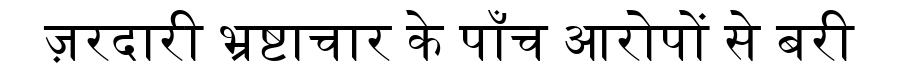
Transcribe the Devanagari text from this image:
ज़रदारी भ्रष्टाचार के पाँच आरोपों से बरी